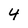
Character: 4